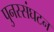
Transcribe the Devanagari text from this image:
पुनस्संघटन